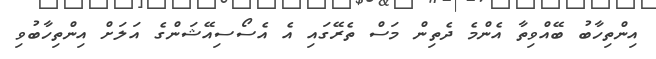
އިންތިހާބު ބޭއްވިތާ އެންމެ ދެތިން މަސް ތެރޭގައި އެ އެސޯސިއޭޝަންގެ އަލަށް އިންތިހާބުވި